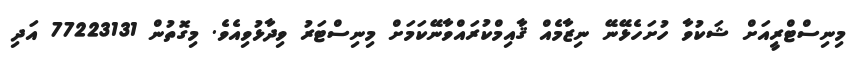
މިނިސްޓްރީއަށް ޝަކުވާ ހުށަހެޅޭނޭ ނިޒާމެއް ޤާއިމްކުރައްވާނޭކަމަށް މިނިސްޓަރު ވިދާޅުވިއެވެ. މިގޮތުން 77223131 އަދި